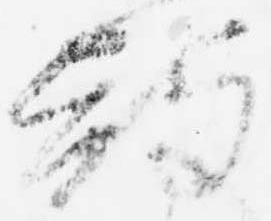
散